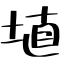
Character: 埴